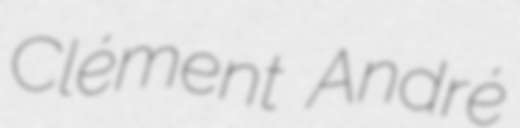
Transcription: Clément André